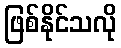
ဖြစ်နိုင်သလို